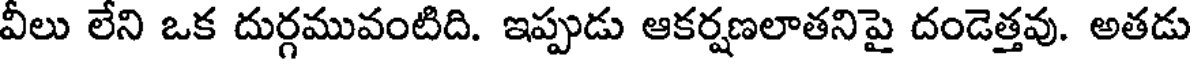
వీలు లేని ఒక దుర్గమువంటిది. ఇప్పుడు ఆకర్షణలాతనిపై దండెత్తవు. అతడు